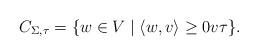
LaTeX: \begin{align*}C_{\Sigma, \tau} = \{w \in V \mid \langle w, v \rangle \geq 0 v\tau\}.\end{align*}